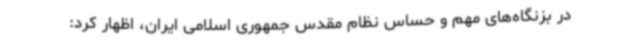
در بزنگاه‌های مهم و حساس نظام مقدس جمهوری اسلامی ایران، اظهار کرد: